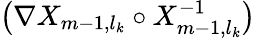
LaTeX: \bigl(\nabla X_{m-1,l_{k}}\circ X_{m-1,l_{k}}^{-1}\bigr)